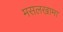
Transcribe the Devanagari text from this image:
मसलखामा